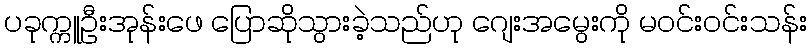
ပခုက္ကူဦးအုန်းဖေ ပြောဆိုသွားခဲ့သည်ဟု ဂျေးအမွေးကို မဝင်းဝင်းသန်း